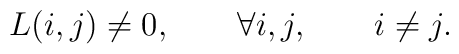
L(i,j) \ne 0, \qquad \forall i,j,\qquad i\ne j.